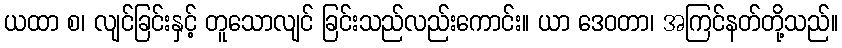
ယထာ စ၊ လျင်ခြင်းနှင့် တူသောလျင် ခြင်းသည်လည်းကောင်း။ ယာ ဒေဝတာ၊ အကြင်နတ်တို့သည်။